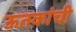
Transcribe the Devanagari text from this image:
ऊतकांची